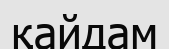
қайдам